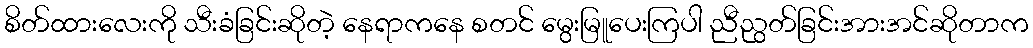
စိတ်ထားလေးကို သီးခံခြင်းဆိုတဲ့ နေရာကနေ စတင် မွေးမြူပေးကြပါ ညီညွတ်ခြင်းအားအင်ဆိုတာက